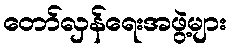
တော်လှန်ရေးအဖွဲ့များ